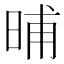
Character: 晡